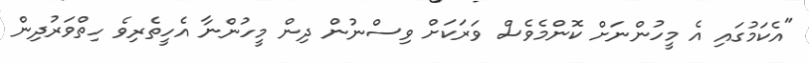
"އެކަމުގައި އެ މީހުންނަށް ކޮންމެވެސް ވަރަކަށް ވިސްނުން ދިން މީހުންނާ އެހީތެރިވެ ހިތްވަރުދިން